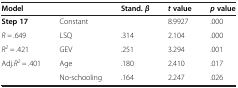
<table><thead><tr><td><b>Model</b></td><td><b> </b></td><td><b>Stand. <i>β</i></b></td><td><b><i>t </i>value</b></td><td><b><i>p </i>value</b></td></tr></thead><tbody><tr><td><b>Step 17</b></td><td>Constant</td><td> </td><td>8.9927</td><td>.000</td></tr><tr><td><i>R =</i> .649</td><td>LSQ</td><td>.314</td><td>2.104</td><td>.000</td></tr><tr><td><i>R</i><sup><i>2</i></sup> <i>=</i> .421</td><td>GEV</td><td>.251</td><td>3.294</td><td>.001</td></tr><tr><td>Adj<i>.R</i><sup><i>2</i></sup> <i>=</i> .401</td><td>Age</td><td>.180</td><td>2.410</td><td>.017</td></tr><tr><td> </td><td>No-schooling</td><td>.164</td><td>2.247</td><td>.026</td></tr></tbody></table>